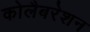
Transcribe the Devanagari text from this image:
कोलैबरेशन